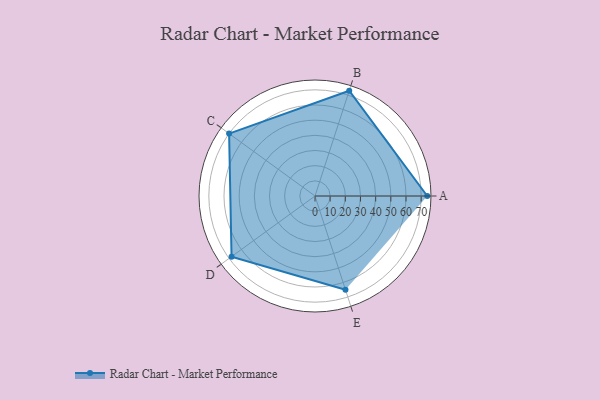
{"axis": {"x": "Skill", "y": "Score"}, "legend": ["Profile"], "data": [{"x": "A", "y": 74.0, "type": "Profile"}, {"x": "B", "y": 73.0, "type": "Profile"}, {"x": "C", "y": 70.0, "type": "Profile"}, {"x": "D", "y": 68.0, "type": "Profile"}, {"x": "E", "y": 65.0, "type": "Profile"}]}